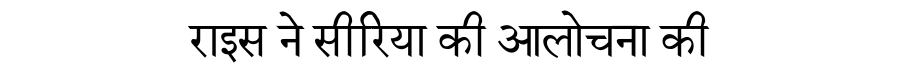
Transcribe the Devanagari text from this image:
राइस ने सीरिया की आलोचना की